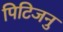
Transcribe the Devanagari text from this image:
पिटिजनु